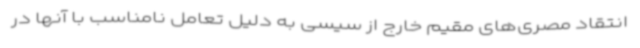
انتقاد مصری‌های مقیم خارج از سیسی به دلیل تعامل نامناسب با آنها در